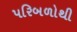
પરિબળોથી